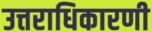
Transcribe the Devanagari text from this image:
उत्तराधिकारणी